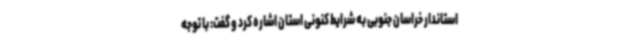
استاندار خراسان جنوبی به شرایط کنونی استان اشاره کرد و گفت: با توجه